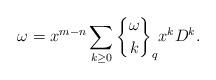
LaTeX: \begin{align*} \omega=x^{m-n} \sum_{k\ge 0} {{\omega}\brace k}_q x^{k}D^{k}.\end{align*}